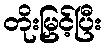
တိုးမြှင့်ပြီး